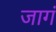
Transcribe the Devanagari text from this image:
जागं